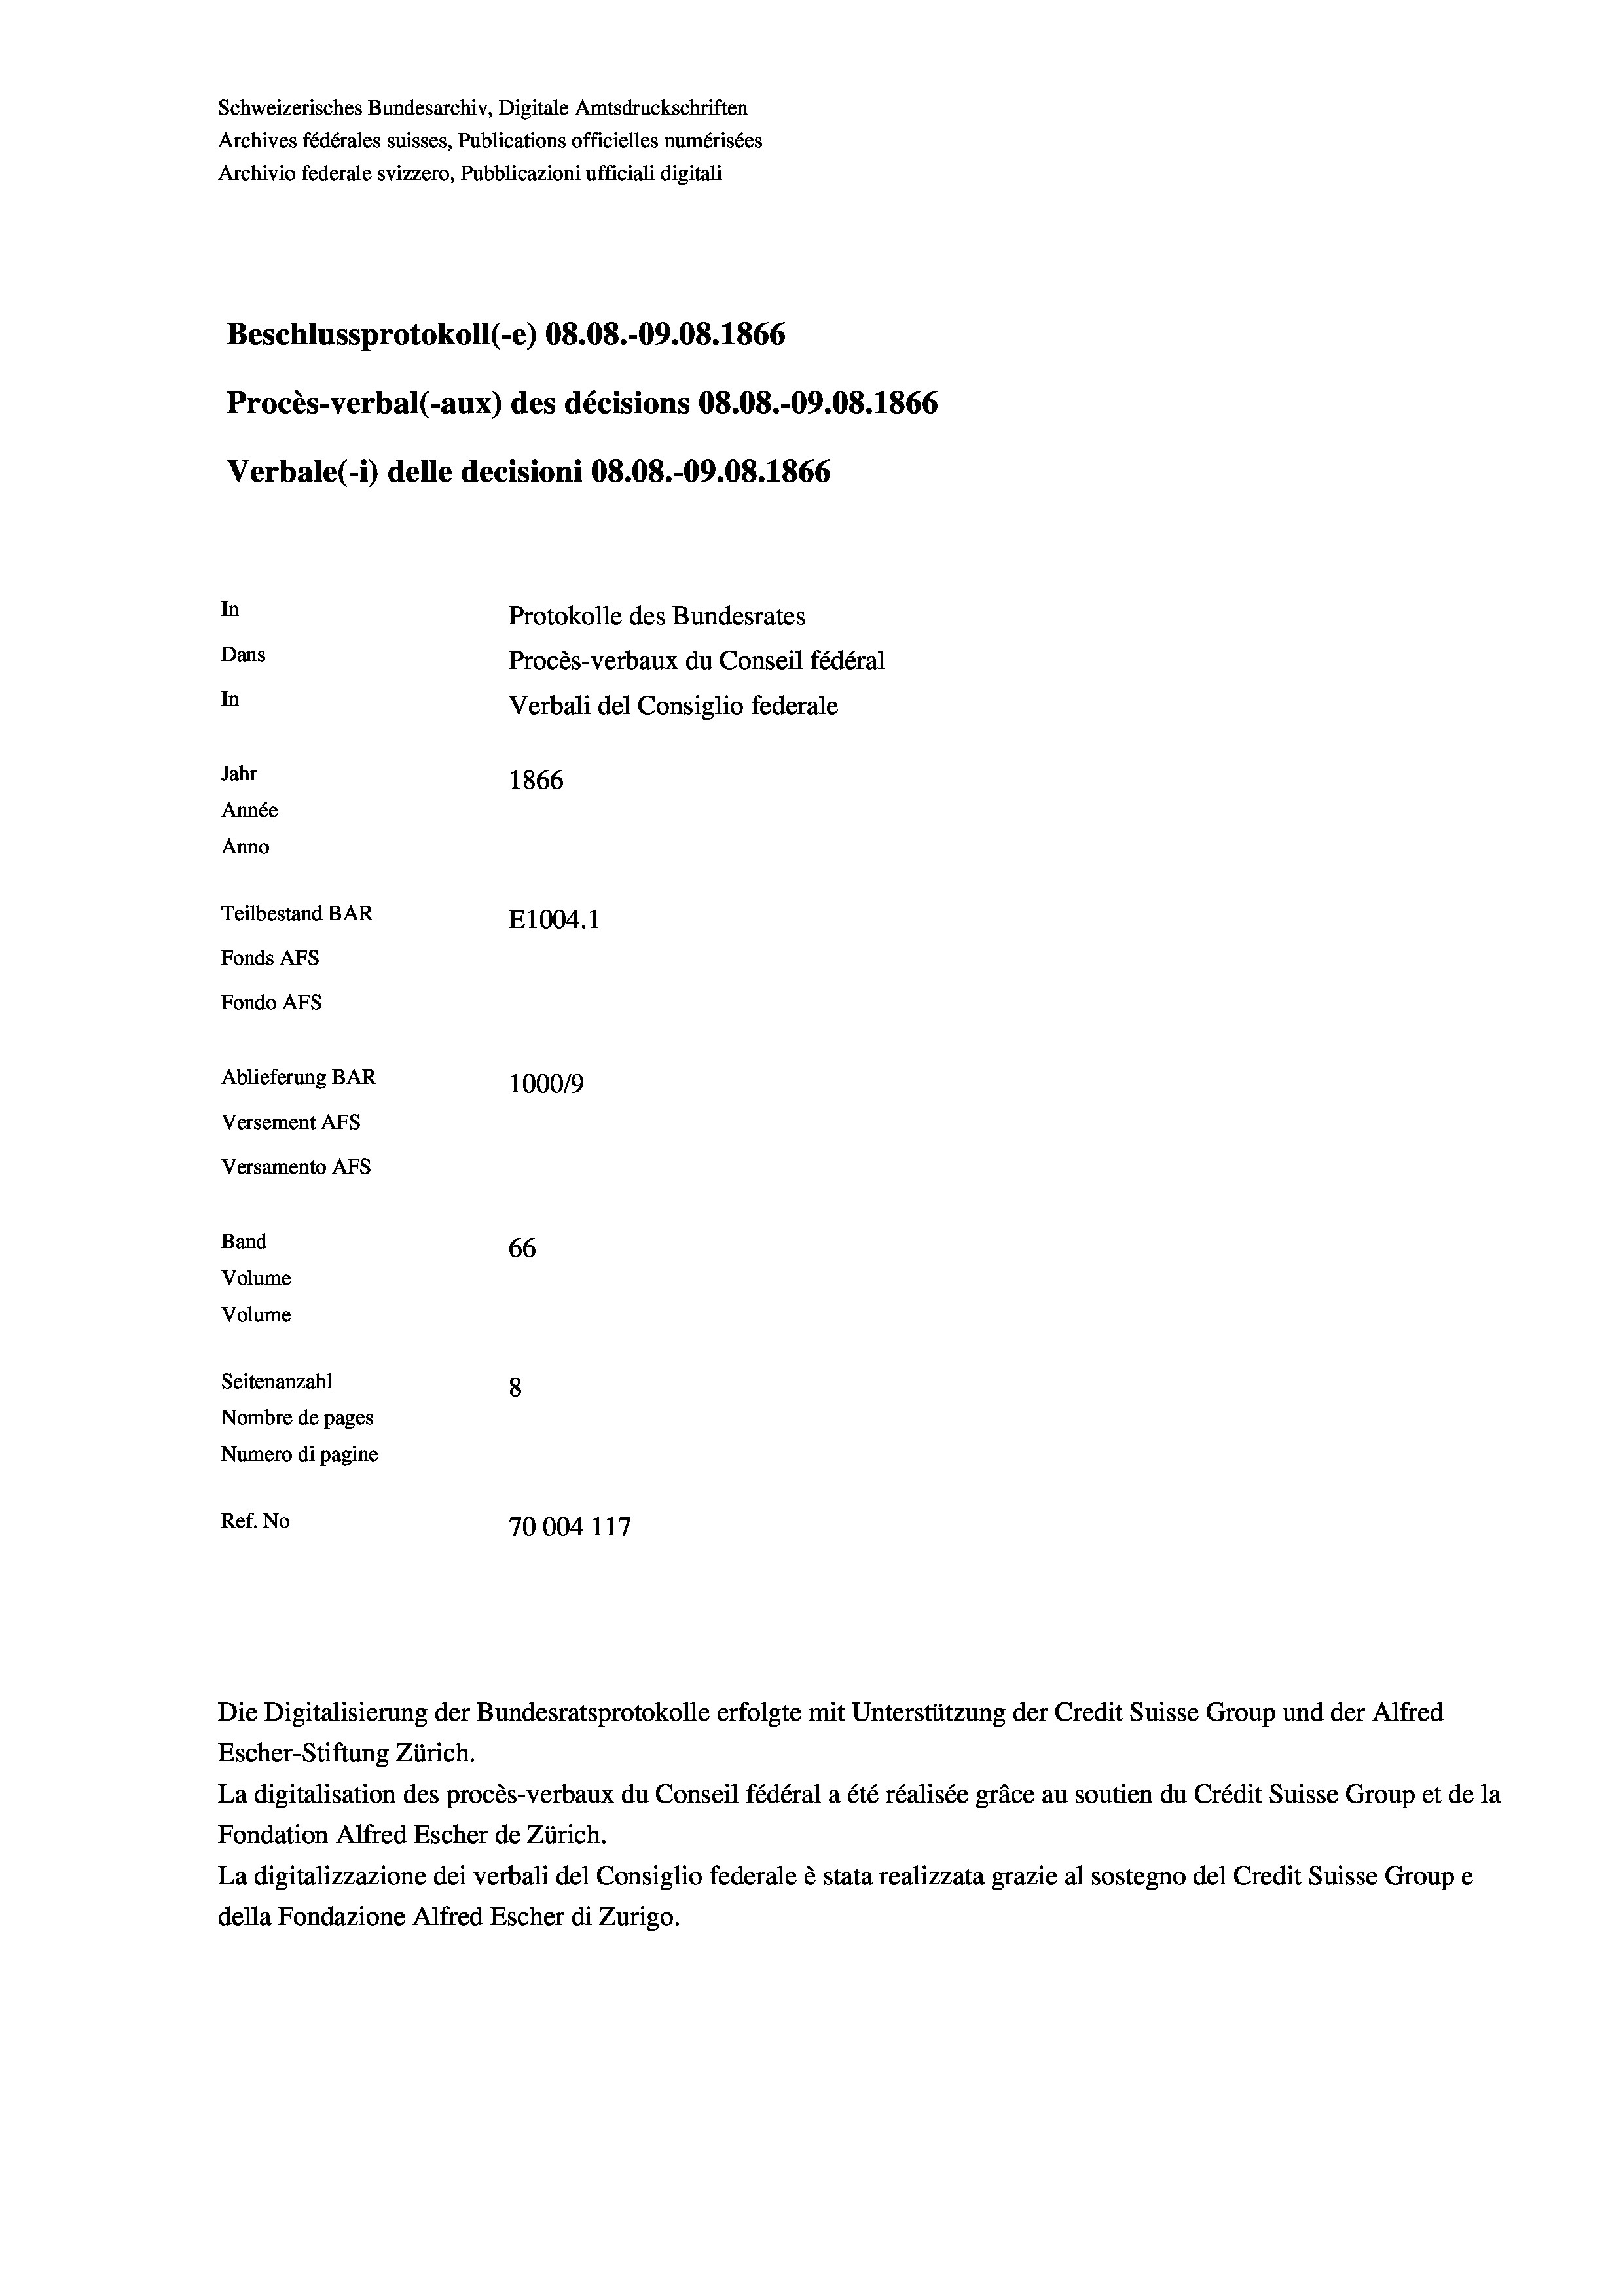
Schweizerisches Bundesarchiv, Digitale Amtsdruckschriften
Archivio federale svizzero, Pubblicazioni ufficiali digitali
Beschlussprotokoll (-e) 08.08.-09.08. 1866
Procès-verbal (-aux) des décisions 08.08.-09.08. 1866
Verbale (i) delle decisioni 08.08.-09.08. 1866
In
Protokolle des Bundesrates
Dans
Procès-verbaux du Conseil fédéral
In
Verbali del Consiglio federale
Jahr
1866
Année
Anno
Teilbestand BAR
E1004.1
Fonds AFs
Fondo Afs
Ablieferung BAR
100019
Versement AFs
Versamento AFs

Band
Volume
Volume

66
Seitenanzahl
8
Nombre de pages
Numero di pagine
Ref. No
70004 117

Archives fédérales suisses, Publications officielles numérisées

Die Digitalisierung der Bundesratsprotokolle erfolgte mit Unterstützung der Credit Suisse Group und der Alfred
Escher-Stiftung Zürich.
La digitalisation des procès-verbaux du Conseil fédéral a été réalisée gräce au soutien du Crédit Suisse Group et de la
Fondation Alfred Escher de Zürich.
La digitalizzazione dei verbali del Consiglio federale è stata realizzata grazie al sostegno del Credit Suisse Groupe
della Fondazione Alfred Escher di Zurigo.